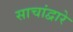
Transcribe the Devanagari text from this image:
साचांद्वारे